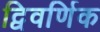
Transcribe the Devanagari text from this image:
द्विवर्णिक